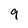
Character: 9